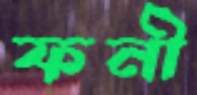
ফনী